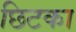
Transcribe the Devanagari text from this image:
छिटका